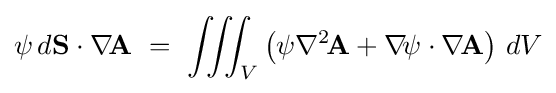
\psi \,d\mathbf {S} \cdot \nabla \!\mathbf {A} \ =\ \iiint _{V}\left(\psi \nabla ^{2}\!\mathbf {A} +\nabla \!\psi \cdot \nabla \!\mathbf {A} \right)\,dV